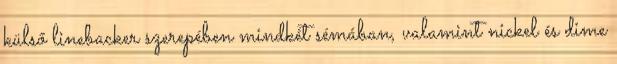
külső linebacker szerepében mindkét sémában, valamint nickel és dime